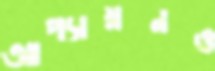
আপ্যায়নও